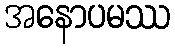
အနောပမဿ